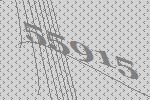
55915